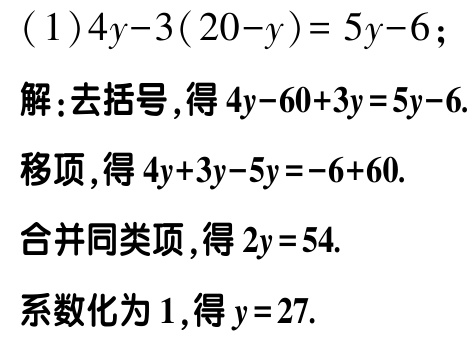
(1) \(4y - 3(20 - y)=5y - 6\);

解：去括号，得\(4y - 60 + 3y = 5y - 6\).

移项，得\(4y + 3y - 5y=-6 + 60\).

合并同类项，得\(2y = 54\).

系数化为\(1\)，得\(y = 27\).